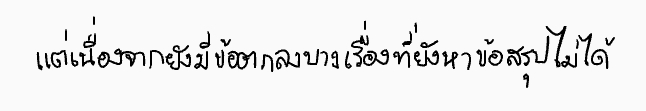
แต่เนื่องจากยังมีข้อตกลงบางเรื่องที่ยังหาข้อสรุปไม่ได้